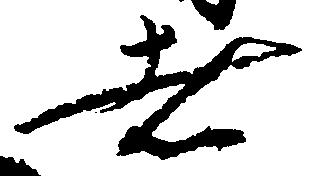
者